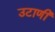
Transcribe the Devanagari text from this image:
उटाणी